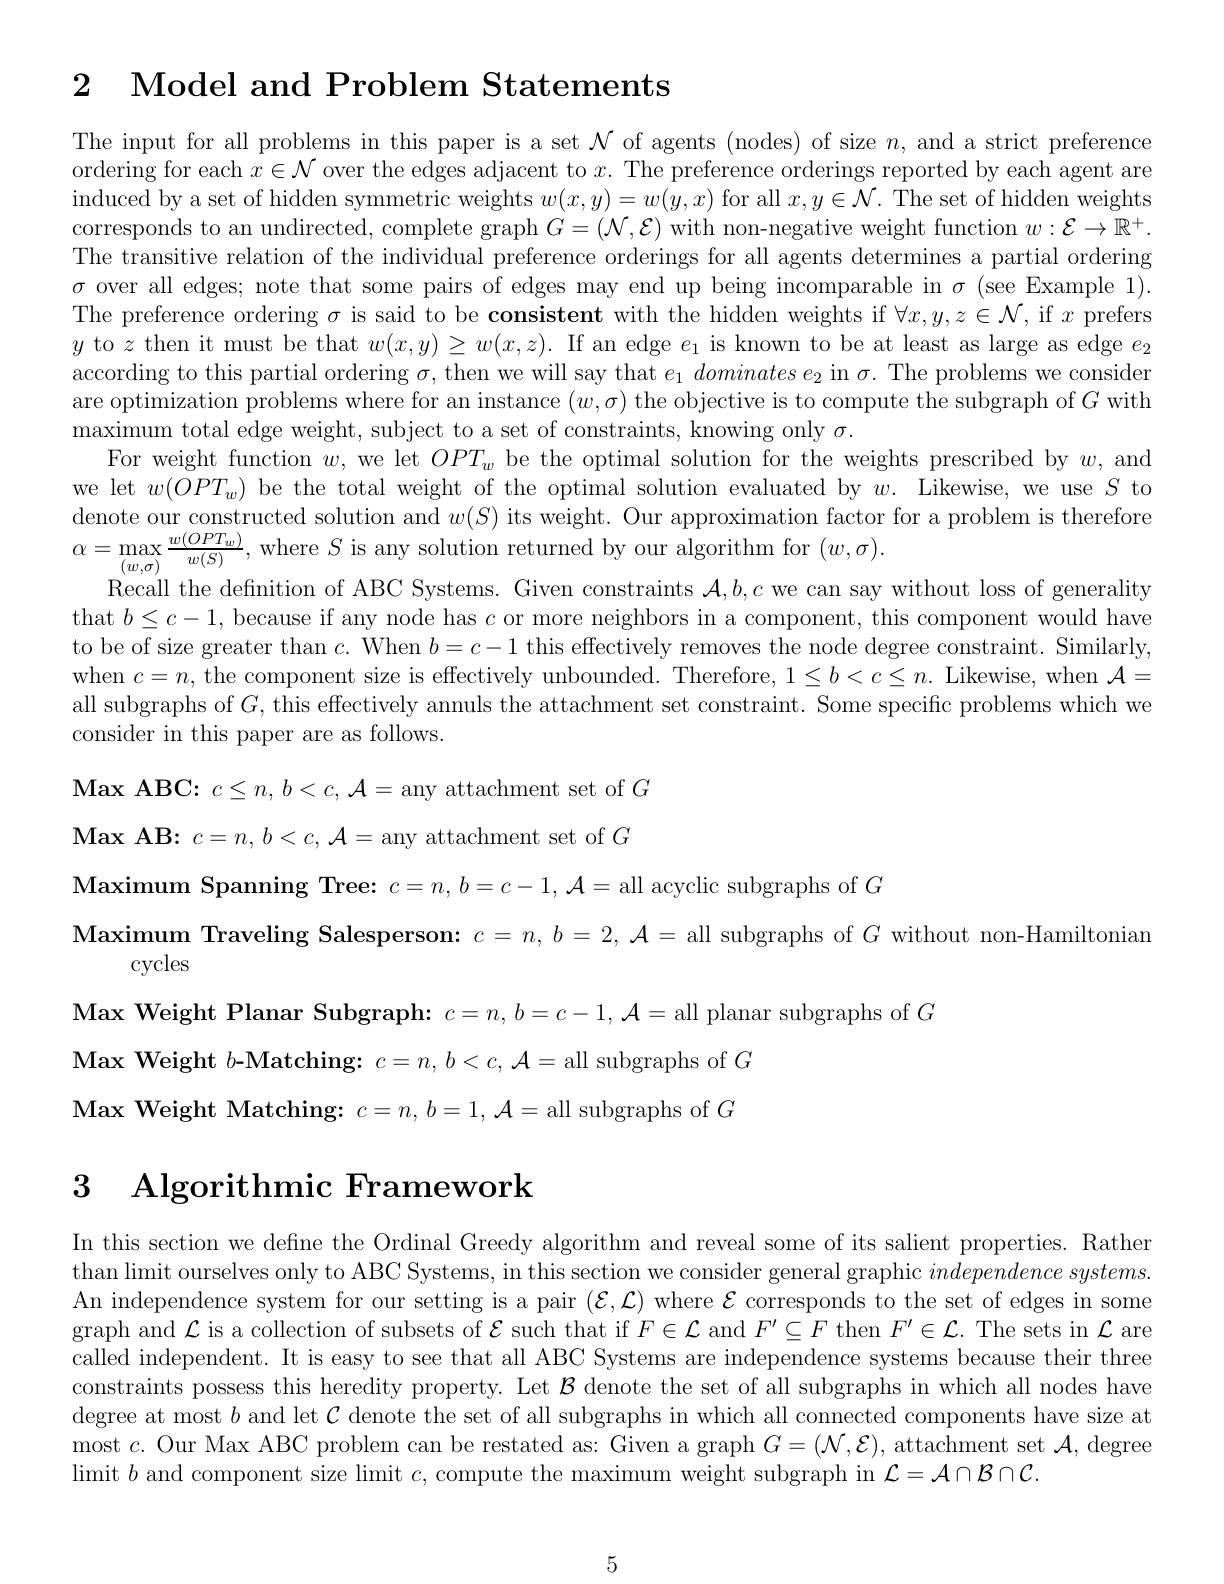
$\begin{array}{cc}2&\text{Model and Problem Statements}\end{array}$

The input for all problems in this paper is a set $\mathcal{N}$ of agents (nodes) of size $n$, and a strict preference ordering for each $x\in\mathcal{N}$ over the edges adjacent to $x.$ The preference orderings reported by each agent are induced by a set of hidden symmetric weights $w(x,y)=w(y,x)$ for all $x,y\in\mathcal{N}.$ The set of hidden weights corresponds to an undirected, complete graph $G=(\mathcal{N},\mathcal{E})$ with non-negative weight function $w:\mathcal{E}\to\mathbb{R}^+.$ The transitive relation of the individual preference orderings for all agents determines a partial ordering $\sigma$ over all edges; note that some pairs of edges may end up being incomparable in $\sigma($see Example 1). The preference ordering $\sigma$ is said to be consistent with the hidden weights if $\forall x,y,z\in\mathcal{N}$, if $x$ prefers $y$ to $z$ then it must be that $w(x,y)\geq w(x,z).$ If an edge $e_1$ is known to be at least as large as edge $e_2$ according to this partial ordering $\sigma$, then we will say that $e_1\textit{dominates e}_2$ in $\sigma.$ The problems we considen are optimization problems where for an instance $(w,\sigma)$ the objective is to compute the subgraph of $G$ with maximum total edge weight, subject to a set of constraints, knowing only $\sigma.$
For weight function $w$, we let $OPT_w$ be the optimal solution for the weights prescribed by $w$, and we let $w(OPT_w)$ be the total weight of the optimal solution evaluated by $w.$ Likewise, we use $S$ to denote our constructed solution and $w(S)$ its weight. Our approximation factor for a problem is therefore $\alpha=\max_{(w,\sigma)}\frac{w(OPT_{w})}{w(S)}$,where $S$ is any solution returned by our algorithm for $(w,\sigma).$
Recall the definition of ABC Systems. Given constraints $\mathcal{A},b,c$ we can say without loss of generality that $b\leq c-1$, because if any node has $c$ or more neighbors in a component, this component would have to be of size greater than $c.$ When $b=c-1$ this effectively removes the node degree constraint. Similarly, when $c=n$, the component size is effectively unbounded. Therefore, $1\leq b<c\leq n.$ Likewise, when $\mathcal{A}=$ all subgraphs of $G$, this effectively annuls the attachment set constraint. Some specific problems which we consider in this paper are as follows.
Max ABC: $c\leq n, b< c, \mathcal{A} =$any attachment set of $G$ $\textbf{Max AB: }c= n, b< c, \mathcal{A} =$any attachment set of $G$ $\textbf{Maximum Spanning Tree: }c= n, b= c- 1, \mathcal{A} =$all acyclic subgraphs of $G$
Maximum Traveling Salesperson: $c=n,b=2,\mathcal{A}=$ all subgraphs of $G$ without non-Hamiltonian
cycles
Max Weight Planar Subgraph: $c=n,b=c-1,\mathcal{A}=$ all planar subgraphs of $G$
Max Weight $b$-Matching: $c=n,b<c,\mathcal{A}=$all subgraphs of $G$ Max Weight Matching: $c=n,b=1,\mathcal{A}=$ all subgraphs of $G$

## 3 Algorithmic Framework

In this section we define the Ordinal Greedy algorithm and reveal some of its salient properties. Rather than limit ourselves only to ABC Systems, in this section we consider general graphic $independence~systems$ An independence system for our setting is a pair $(\mathcal{E},\mathcal{L})$ where $\mathcal{E}$ corresponds to the set of edges in some graph and $\mathcal{L}$ is a collection of subsets of $\mathcal{E}$ such that if $F\in\mathcal{L}$ and $F^\prime\subseteq F$ then $F^\prime\in\mathcal{L}.$ The sets in $\mathcal{L}$ are called independent. It is easy to see that all ABC Systems are independence systems because their three constraints possess this heredity property. Let $\mathcal{B}$ denote the set of all subgraphs in which all nodes have degree at most $b$ and let $\mathcal{C}$ denote the set of all subgraphs in which all connected components have size at most $c.$ Our Max ABC problem can be restated as: Given a graph $G=(\mathcal{N},\mathcal{E})$, attachment set $\mathcal{A}$, degree limit $b$ and component size limit $c$, compute the maximum weight subgraph in $\mathcal{L}=\mathcal{A}\cap\mathcal{B}\cap\mathcal{C}.$

5